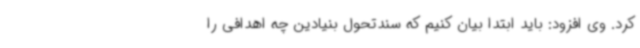
کرد. وی افزود: باید ابتدا بیان کنیم که سندتحول بنیادین چه اهدافی را